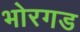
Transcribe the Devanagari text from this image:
भोरगड